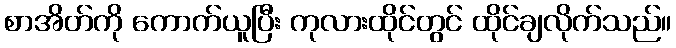
စာအိတ်ကို ကောက်ယူပြီး ကုလားထိုင်တွင် ထိုင်ချလိုက်သည်။